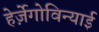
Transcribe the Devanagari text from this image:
हेर्ज़ेगोविन्याई